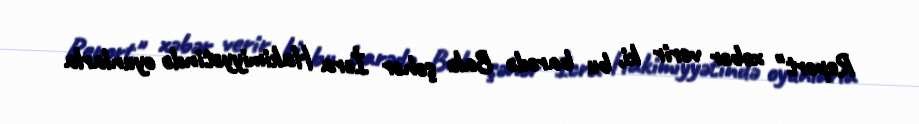
Report" xəbər verir ki, bu barədə Bakı şəhər İcra Hakimiyyətində oyunlarla